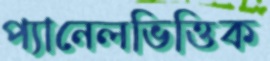
প্যানেলভিত্তিক